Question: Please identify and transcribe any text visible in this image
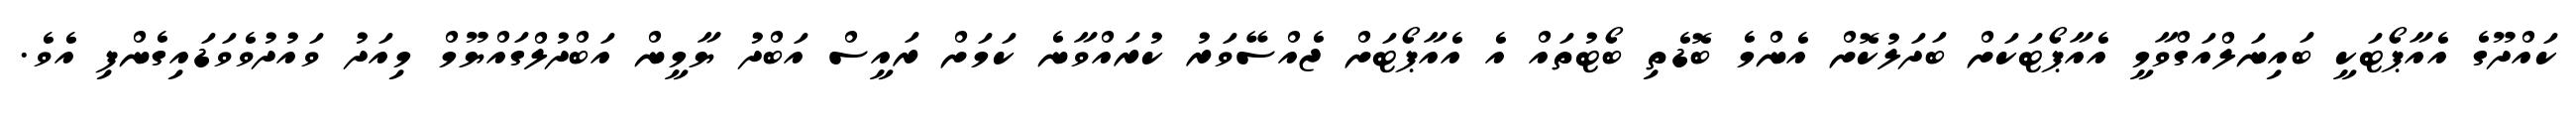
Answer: ކައްދޫގެ އެއާޕޯޓަކީ ބައިނަލްއަގްވާމީ އެއާޕޯޓަކަށް ބަދަލުކޮށް އެންމެ ބޮޑެތި ބޯޓުތައް އެ އެއާޕޯޓަށް ޖެއްސޭވަރު ކުރައްވާނެ ކަމަށް ރައީސް އަބްދު ޔާމީން އަބްދުލްގައްޔޫމް މިއަދު ވައުދުވެވަޑައިގެންފި އެވެ.